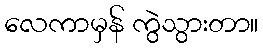
လေကာမှန် ကွဲသွားတာ။